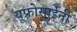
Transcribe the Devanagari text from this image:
यूफ़्रोसाईनी